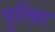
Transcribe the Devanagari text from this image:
पुलिग